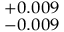
^ { + 0 . 0 0 9 } _ { - 0 . 0 0 9 }